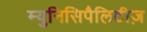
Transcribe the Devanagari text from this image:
म्युनिसिपैलिटीज़